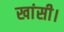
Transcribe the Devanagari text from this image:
खांसी।